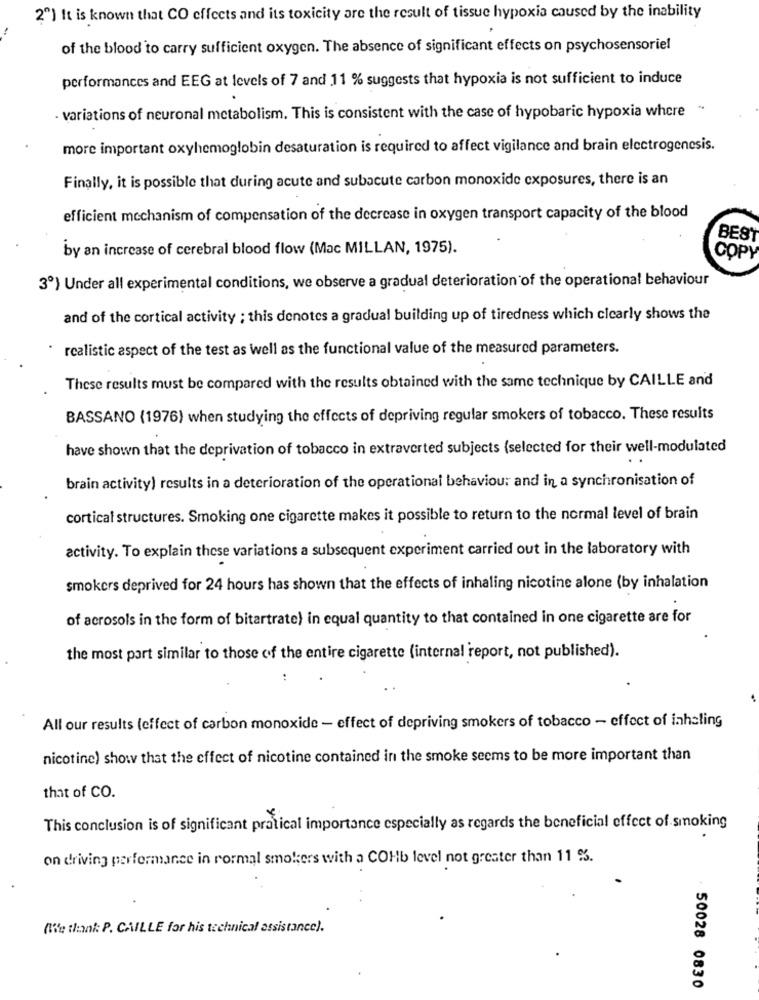
2º) It is known that CO effects and its toxicity are the result of tissue hypoxia caused by the inability
of the blood to carry sufficient oxygen. The absence of significant effects on psychosensoriel
performances and EEG at levels of 7 and 11 % suggests that hypoxia is not sufficient to induce
· variations of neuronal metabolism. This is consistent with the case of hypobaric hypoxia where "
more important oxyhemoglobin desaturation is required to affect vigilance and brain electrogenesis.
Finally, it is possible that during acute and subacute carbon monoxide exposures, there is an
efficient mechanism of compensation of the decrease in oxygen transport capacity of the blood
BE81
by an increase of cerebral blood flow (Mac MILLAN, 1975).
COPY
3º) Under all experimental conditions, we observe a gradual deterioration of the operational behaviour
and of the cortical activity ; this denotes a gradual building up of tiredness which clearly shows the
realistic aspect of the test as well as the functional value of the measured parameters.
These results must be compared with the results obtained with the same technique by CAILLE and
BASSANO (1976) when studying the effects of depriving regular smokers of tobacco. These results
have shown that the deprivation of tobacco in extraverted subjects (selected for their well-modulated
brain activity) results in a deterioration of the operational behaviour and in a synchronisation of
cortical structures. Smoking one cigarette makes it possible to return to the normal level of brain
activity. To explain these variations a subsequent experiment carried out in the laboratory with
smokers deprived for 24 hours has shown that the effects of inhaling nicotine alone (by inhalation
of acrosols in the form of bitartrate) in equal quantity to that contained in one cigarette are for
the most part similar to those of the entire cigarette (internal 'report, not published).
All our results (effect of carbon monoxide - effect of depriving smokers of tobacco - effect of inhaling
nicotine) show that the effect of nicotine contained in the smoke seems to be more important than
that of CO.
This conclusion is of significant pratical importance especially as regards the beneficial effect of smoking
on driving performance in rormal smokers with a COHb level not greater than 11 %.
(We thank: P. CAILLE for his technical assistance).
50028 0830